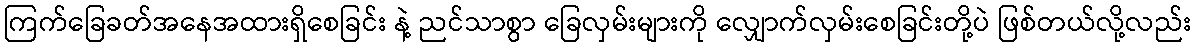
ကြက်ခြေခတ်အနေအထားရှိစေခြင်း နဲ့ ညင်သာစွာ ခြေလှမ်းများကို လျှောက်လှမ်းစေခြင်းတို့ပဲ ဖြစ်တယ်လို့လည်း